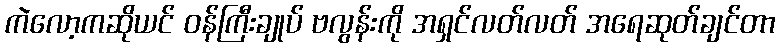
ကဲလော့ကဆိုယင် ဝန်ကြီးချုပ် ဗလွန်းကို အရှင်လတ်လတ် အရေဆုတ်ချင်တာ